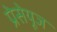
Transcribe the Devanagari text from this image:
प्रेसेयूज